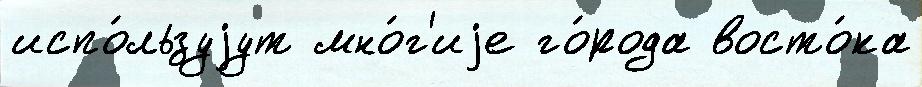
испо́льзуjут мно́г'иjе го́рода восто́ка